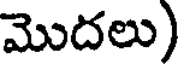
మొదలు)